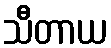
သီတာယ